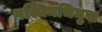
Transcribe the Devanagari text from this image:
पश्चिमभिमुख